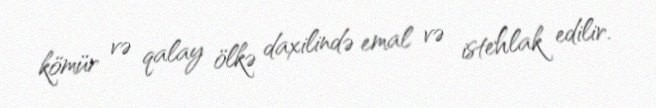
kömür və qalay ölkə daxilində emal və istehlak edilir.